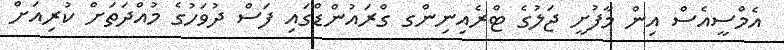
އެމްސީއެސް އިން މާފުށީ ޖަލުގެ ޓްރެއިނިންގ ގްރައުންޑްގައި ފަސް ދުވަހުގެ މުއްދަތަށް ކުރިއަށް